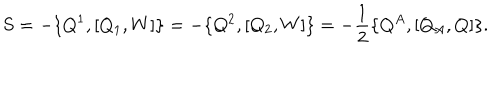
S = - \{ Q ^ { 1 } , [ Q _ { 1 } , W ] \} = - \{ Q ^ { 2 } , [ Q _ { 2 } , W ] \} = - \frac { 1 } { 2 } \{ Q ^ { A } , [ Q _ { A } , Q ] \} .